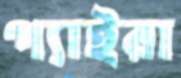
প্যাইরা